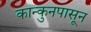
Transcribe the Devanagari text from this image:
कान्कुनपासून